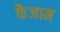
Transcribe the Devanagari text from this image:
फैजाम